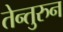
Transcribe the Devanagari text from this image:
तेन्तुरुन